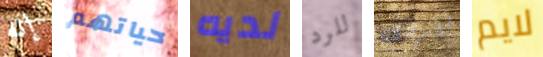
إنه حياتهم لديه للرد للزفاف لايم